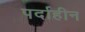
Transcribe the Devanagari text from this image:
पर्दाहीन